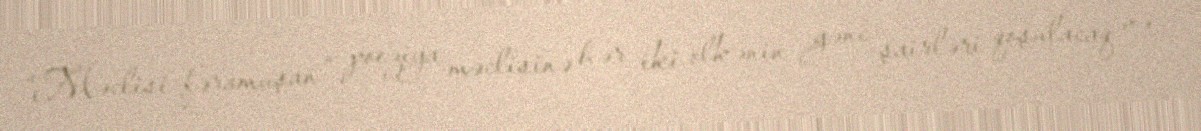
“Məclisi-fəramuşan” poeziya məclisinə hər iki ölkənin gənc şairləri qoşulacaq və